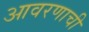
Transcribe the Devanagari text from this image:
आवरणाची